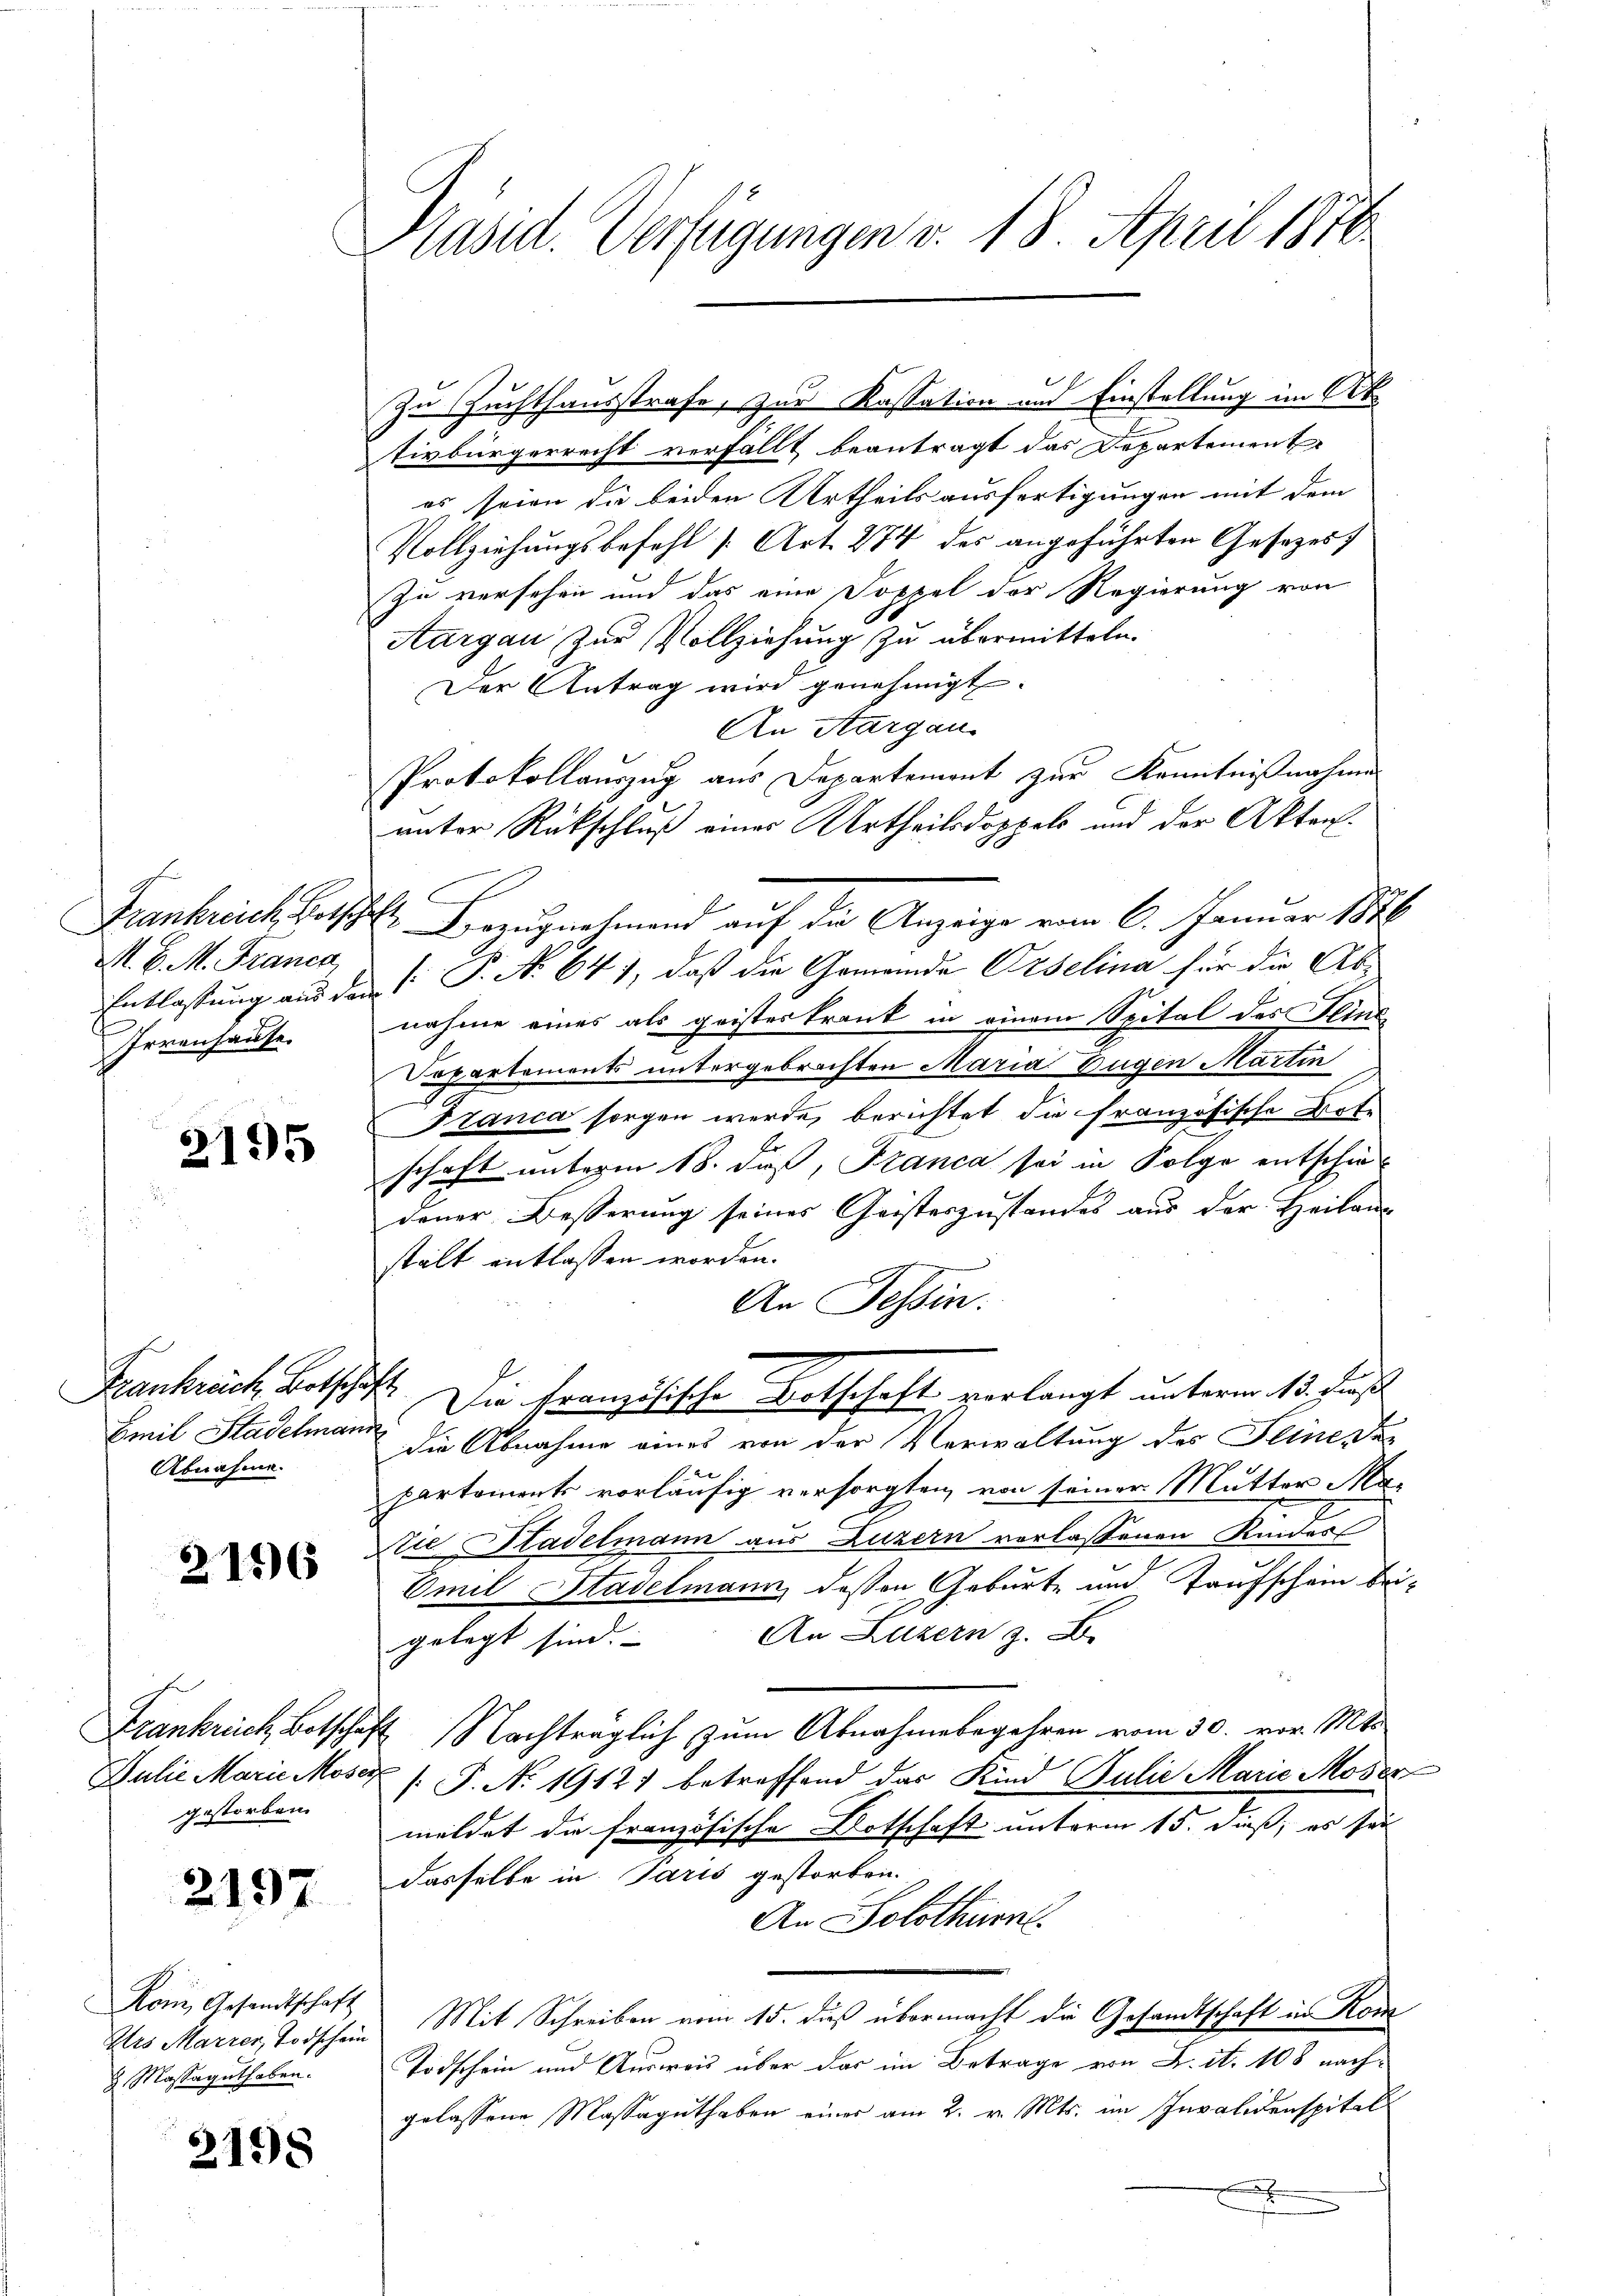
Frankreich Botschaft
M. C. M. Franca
Irrenhause.

2195

Abnahme.

2156

gestorben.

2197

Ars Marrer, Todschein
 Massaguthaben.

2198

Präsid. Verfügungen v. 18. April 1876

tivbürgerrecht verfällt beantragt das Departement
es seien die beiden Urtheils ausfertigungen mit dem
Vollziehungsbefehl [Art. 274 des angeführten Gesetzes)
Zu versehen und das eine Doppel der Regierung von
Aargau zur Vollziehung zu übermitteln.
Der Antrag wird genehmigt.
An Aargau.
Protokollauszug aus Departement zur Kenntnißnahmen
unter Rückschluß eines Urtheilsdoppels und der Akten.
Bezugnahmend auf die Anzeige vom 6. Januar 1848
Entlassung aus den P. P. No 647, daß die Gemeinda Orselina für die Ab-
nahme eines als geisteskrank in einem Spital des Hind
Dopartements untergebrachten Maria Eugen Martin
Franca sorgen werde, berichtet die französische Bote
schaft unterm 18. daß, Franca sei in Folge entschie
dener Besserung seines Geisteszustandes aus der Heilans
stalt entlassen worden.
An Tessin.
Frankrech Botschaft. Die französische Botschaft verlangt unterm 13. Just
Emil Stadelmann die Abnahme eines von der Verwaltung des Seine des
2
Partements vorläufig versorgten von seiner Mutter Ma¬
Arie Pladelmann aus Luzern verlassenen Kinder
Emil Stadelmann, dessen Geburt und Taufschein bei
An Luzern z. B.
gelegt sind.
Frankreich, Botschaft Nachträglich zum Abnahmebegehren vom 30. vor. Mts.
Julie Marie Moser /: P. N. 1912) betreffend das Kind Julie Marie Moser
meldet die französische Botschaft unterm 15. dieß, es sei
dasselbe in Paris gestorben.
An Solothurn.
Kom, Gesandtschaft Mit Schreiben vom 15. daß übermacht die Gesandtschaft in Kon
Todschein und Ausweis über das im Betrage von F. S. 108 nachgelassene Massaguthaben einer am 2. v. Mts. im Invalidenspitals
x

Zu Zuchthausstrafe, zur Kassation und Einstellung im Octo

n